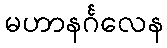
မဟာနင်္ဂလေန